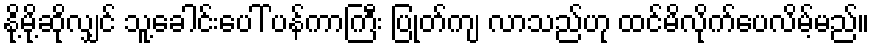
နို့မို့ဆိုလျှင် သူ့ခေါင်းပေါ် ပန်ကာကြီး ပြုတ်ကျ လာသည်ဟု ထင်မိလိုက်ပေလိမ့်မည်။